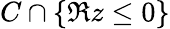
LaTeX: C\cap\left\{ \Re z\leq 0\right\}